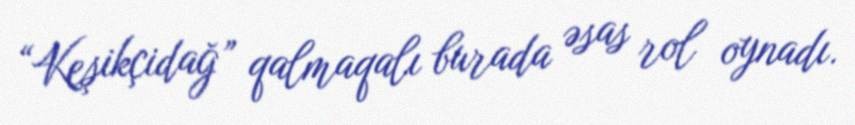
“Keşikçidağ” qalmaqalı burada əsas rol oynadı.